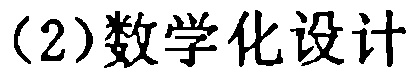
(2)数学化设计